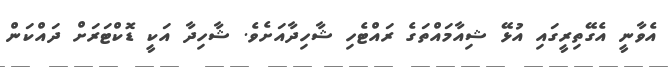
އެވާނީ އެގޭތިރީގައި އުޅޭ ޝިއާމައްތަގެ ރައްޓެހި ޝާހިދާއަށެވެ. ޝާހިދާ އަކީ ޑޮކްޓަރަށް ދައްކަން